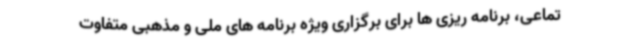
تماعی، برنامه ریزی ها برای برگزاری ویژه برنامه های ملی و مذهبی متفاوت